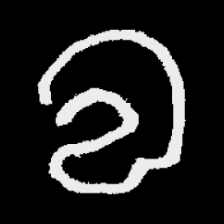
Pyu character \u2014 Myanmar letter: လ (romanized: la)